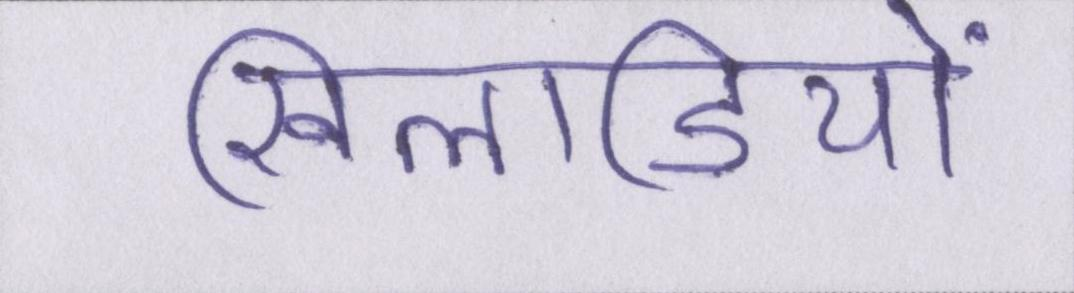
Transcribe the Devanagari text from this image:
खिलाडियों